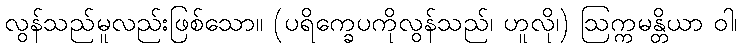
လွန်သည်မူလည်းဖြစ်သော။ (ပရိက္ခေပကိုလွန်သည်၊ ဟူလို၊) ဩက္ကမန္တိယာ ဝါ၊